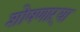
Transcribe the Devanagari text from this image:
शोषणाऱ्या